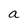
Character: a